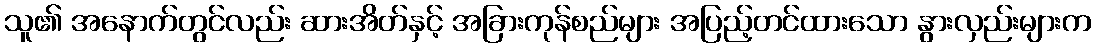
သူ၏ အနောက်တွင်လည်း ဆားအိတ်နှင့် အခြားကုန်စည်များ အပြည့်တင်ထားသော နွားလှည်းများက